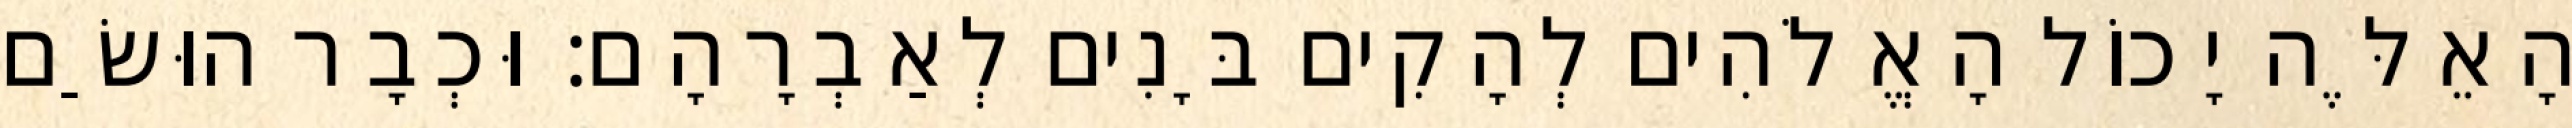
הָאֵלֶּה יָכוֹל הָאֱלֹהִים לְהָקִים בָּנִים לְאַבְרָהָם׃ וּכְבָר הוּשַׂם